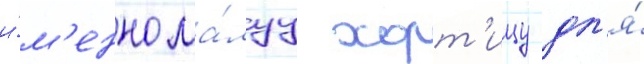
и́м'енно ма́луу хорт'ицу дл'я́